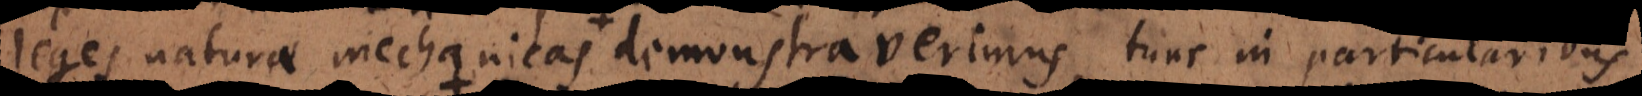
leges naturae mechanicas demonstraverimus, tunc in particularibus